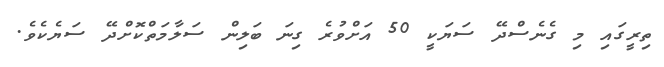
ތިރީގައި މި ގެނެސްދޭ ސަޔަކީ 50 އަށްވުރެ ގިނަ ބަލިން ސަލާމަތްކޮށްދޭ ސަޔެކެވެ.